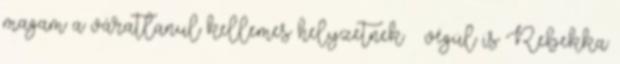
magam a váratlanul kellemes helyzetnek – végül is Rebekka